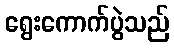
ရွေးကောက်ပွဲသည်